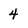
Character: 4